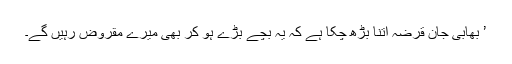
’ بھابی جان قرضہ اتنا بڑھ چکا ہے کہ یہ بچے بڑے ہو کر بھی میرے مقروض رہیں گے۔